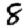
Digit: 8